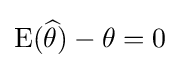
\operatorname {E} ({\widehat {\theta }})-\theta =0